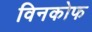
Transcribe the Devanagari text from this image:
विनकोफ